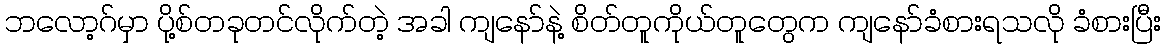
ဘလော့ဂ်မှာ ပို့စ်တခုတင်လိုက်တဲ့ အခါ ကျနော်နဲ့ စိတ်တူကိုယ်တူတွေက ကျနော်ခံစားရသလို ခံစားပြီး